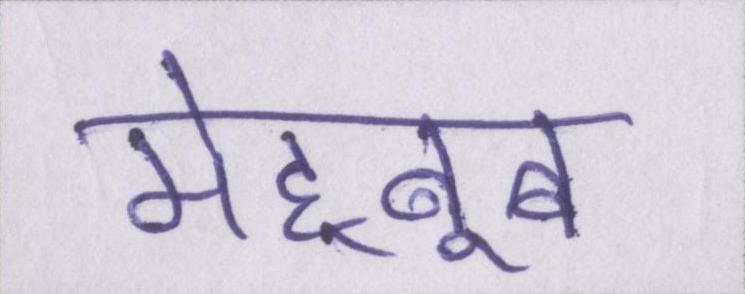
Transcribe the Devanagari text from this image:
मेह्बूब